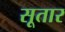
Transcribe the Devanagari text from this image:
सूतार